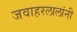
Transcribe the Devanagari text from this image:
जवाहरलालांनी